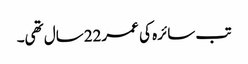
تب سائرہ کی عمر22سال تھی۔